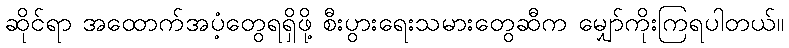
ဆိုင်ရာ အထောက်အပံ့တွေရရှိဖို့ စီးပွားရေးသမားတွေဆီက မျှော်ကိုးကြရပါတယ်။